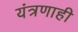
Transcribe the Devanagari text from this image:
यंत्रणाही